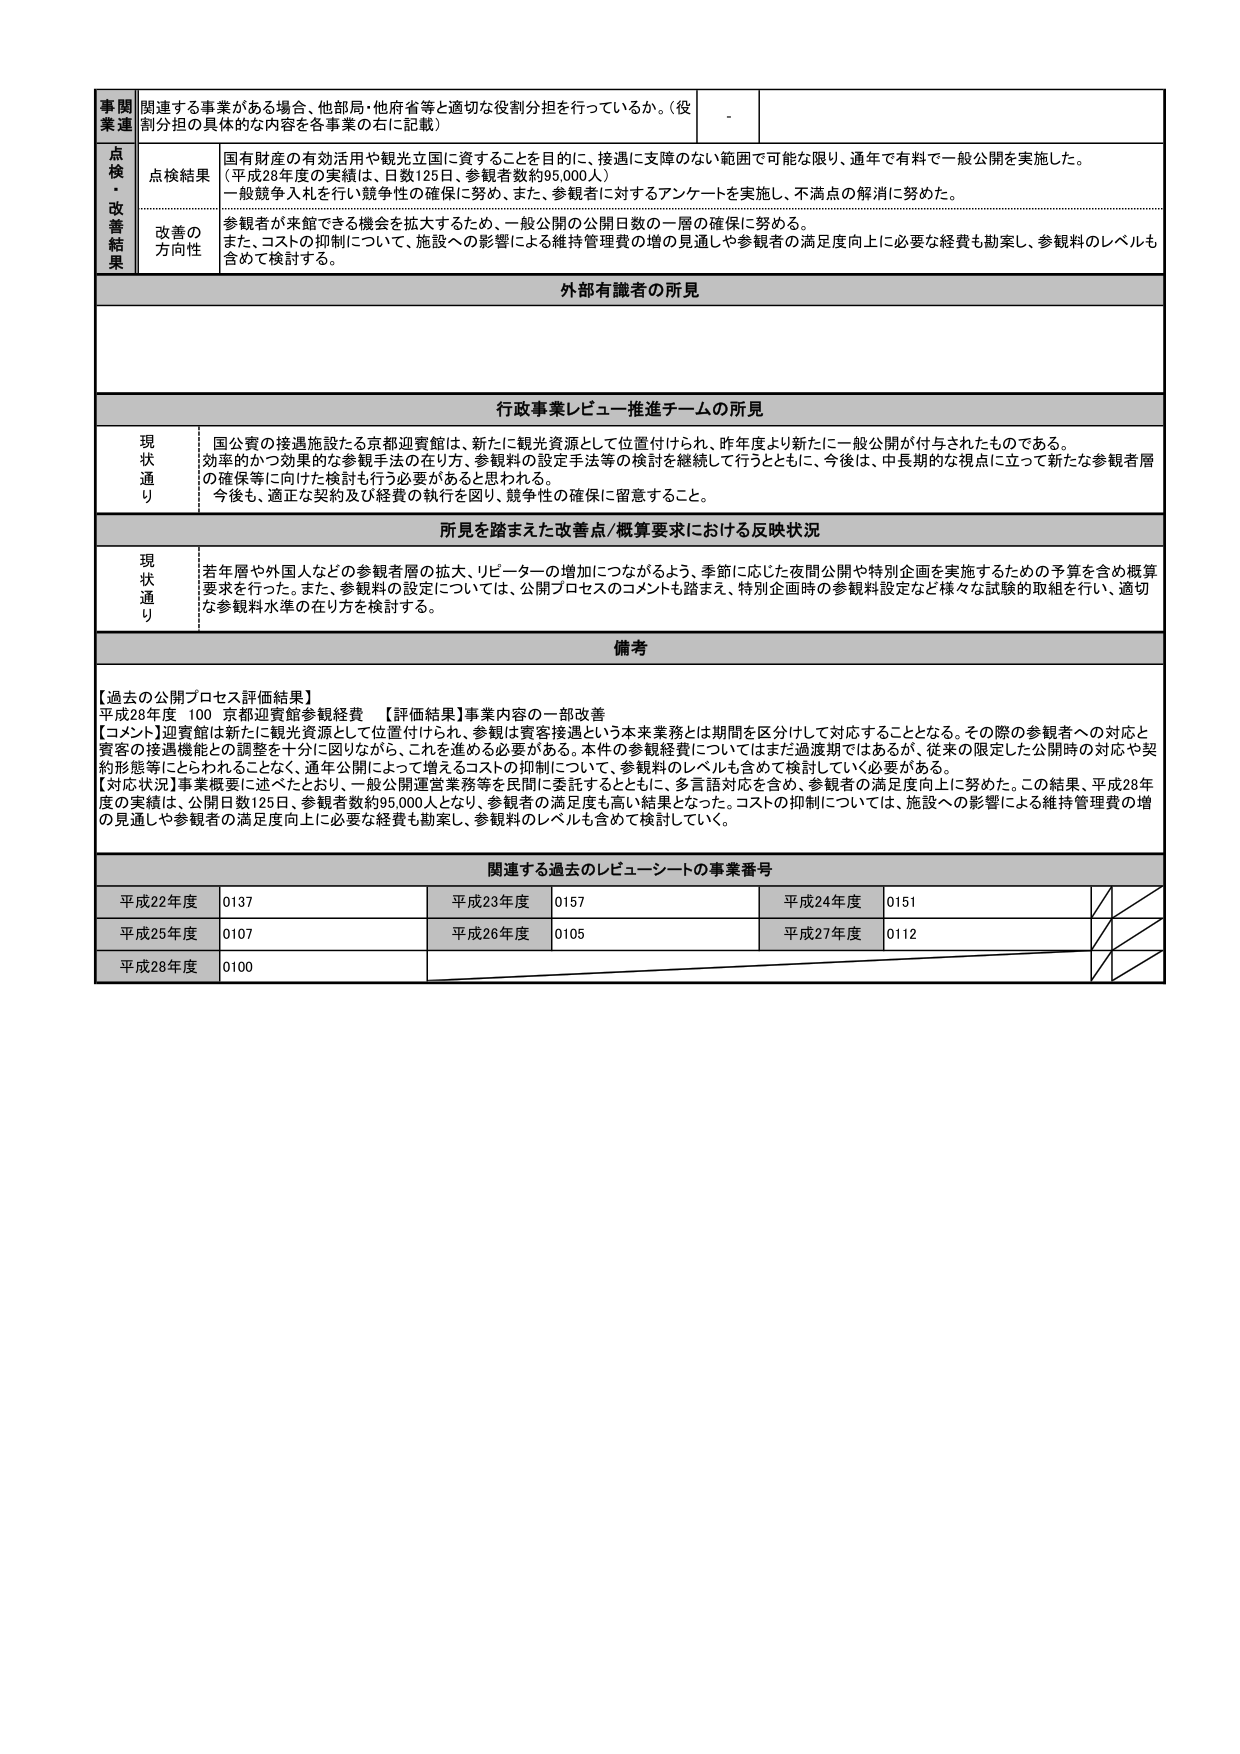
事関業連
関連する事業がある場合、他部局・他府省等と適切な役割分担を行っているか。（役割分担の具体的な内容を各事業の右に記載）
-
点検・改善結果
点検結果
国有財産の有効活用や観光立国に資することを目的に、接遇に支障のない範囲で可能な限り、通年で有料で一般公開を実施した。（平成28年度の実績は、日数125日、参観者数約95,000人）一般競争入札を行い競争性の確保に努め、また、参観者に対するアンケートを実施し、不満点の解消に努めた。
改善の方向性
参観者が来館できる機会を拡大するため、一般公開の公開日数の一層の確保に努める。また、コストの抑制について、施設への影響による維持管理費の増の見通しや参観者の満足度向上に必要な経費も勘案し、参観料のレベルも含めて検討する。
外部有識者の所見
行政事業レビュー推進チームの所見
現状通り
国公賓の接遇施設たる京都迎賓館は、新たに観光資源として位置付けられ、昨年度より新たに一般公開が付与されたものである。効率的かつ効果的な参観手法の在り方、参観料の設定手法等の検討を継続して行うとともに、今後は、中長期的な視点に立って新たな参観者層の確保等に向けた検討も行う必要があると思われる。今後も、適正な契約及び経費の執行を図り、競争性の確保に留意すること。
所見を踏まえた改善点/概算要求における反映状況
現状通り
若年層や外国人などの参観者層の拡大、リピーターの増加につながるよう、季節に応じた夜間公開や特別企画を実施するための予算を含め概算要求を行った。また、参観料の設定については、公開プロセスのコメントも踏まえ、特別企画時の参観料設定など様々な試験的取組を行い、適切な参観料水準の在り方を検討する。
備考
【過去の公開プロセス評価結果】
平成28年度 100 京都迎賓館参観経費 【評価結果】事業内容の一部改善
【コメント】迎賓館は新たに観光資源として位置付けられ、参観は賓客接遇という本来業務とは期間を区分して対応することとなる。その際の参観者への対応と賓客の接遇機能との調整を十分に図りながら、これを進める必要がある。本件の参観経費についてはまだ過渡期ではあるが、従来の限定した公開時の対応や契約形態等にとらわれることなく、通年公開によって増えるコストの抑制について、参観料のレベルも含めて検討していく必要がある。
【対応状況】事業概要に述べたとおり、一般公開運営業務等を民間に委託するとともに、多言語対応を含め、参観者の満足度向上に努めた。この結果、平成28年度の実績は、公開日数125日、参観者数約95,000人となり、参観者の満足度も高い結果となった。コストの抑制については、施設への影響による維持管理費の増の見通しや参観者の満足度向上に必要な経費も勘案し、参観料のレベルも含めて検討していく。
関連する過去のレビュー・シートの事業番号
平成22年度 0137 平成23年度 0157 平成24年度 0151
平成25年度 0107 平成26年度 0105 平成27年度 0112
平成28年度 0100